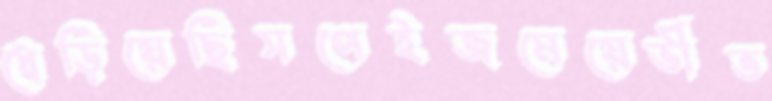
ধেড়িয়েছিসপেইজমেয়েভীত